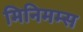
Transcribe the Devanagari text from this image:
मिनिमम्स